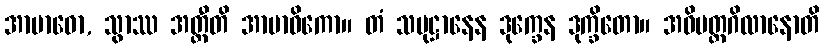
အာဗာဓော, သွာဿ အတ္ထီတိ အာဗာဓိကော။ တံ သမုဋ္ဌာနေန ဒုက္ခေန ဒုက္ခိတော။ အဓိမတ္တဂိလာနောတိ